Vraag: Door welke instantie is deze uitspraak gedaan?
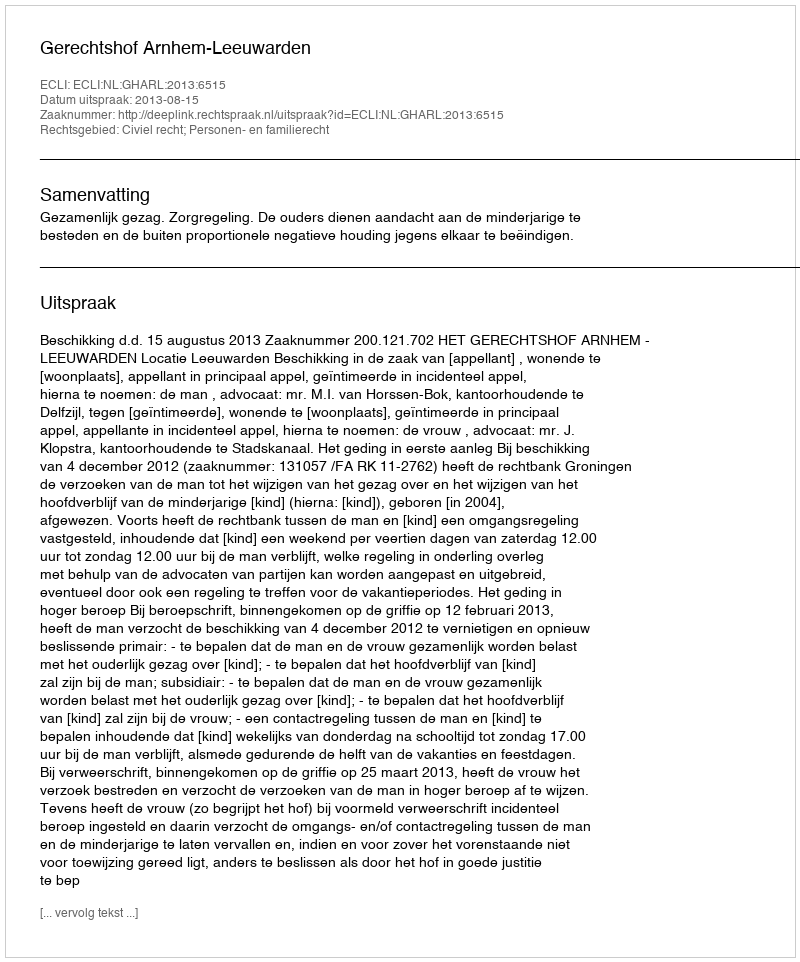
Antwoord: Gerechtshof Arnhem-Leeuwarden